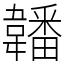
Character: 䪛